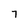
Character: 7